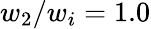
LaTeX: w_{2}/w_{i}=1.0